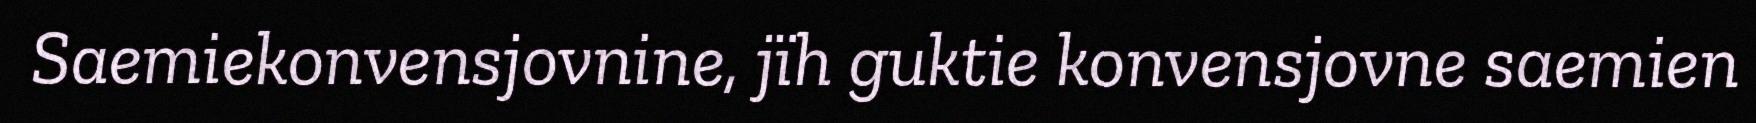
Saemiekonvensjovnine, jïh guktie konvensjovne saemien